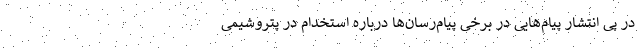
در پی انتشار پیام‌هایی در برخی پیام‌رسان‌ها درباره استخدام در پتروشیمی